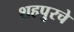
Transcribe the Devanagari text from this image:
शहपुरचे